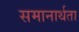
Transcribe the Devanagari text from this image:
समानार्थता